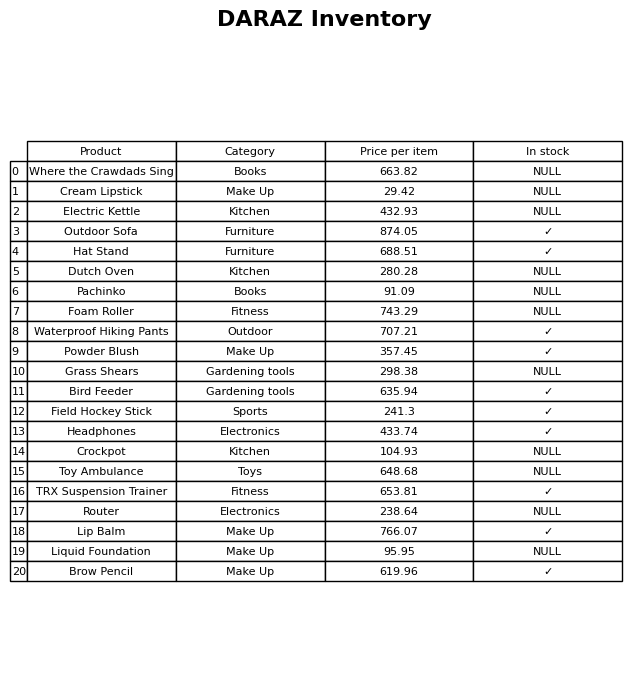
question: What is the price for Headphones?
answer: The price of Headphones is 433.74.